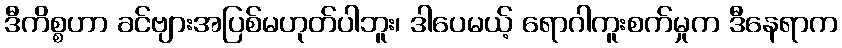
ဒီကိစ္စဟာ ခင်ဗျားအပြစ်မဟုတ်ပါဘူး၊ ဒါပေမယ့် ရောဂါကူးစက်မှုက ဒီနေရာက